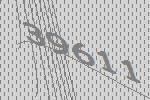
39611